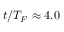
t / T _ { F } \approx 4 . 0